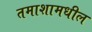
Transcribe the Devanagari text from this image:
तमाशामधील